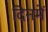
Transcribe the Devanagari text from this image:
दिनमें